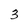
Character: 3